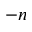
- n